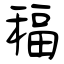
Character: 稫